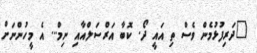
"ދަރިފުޅުމެން ވެސް ތި އައީ ދޯ. ކޮބާ އަރްސަލްއާއި ނިމް... އެ މީހުންނަށް